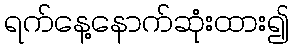
ရက်နေ့နောက်ဆုံးထား၍